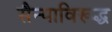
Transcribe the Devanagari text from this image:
सैन्याविरूद्ध